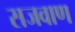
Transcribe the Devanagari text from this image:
सजवाण